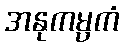
အနုကမ္ပကံ